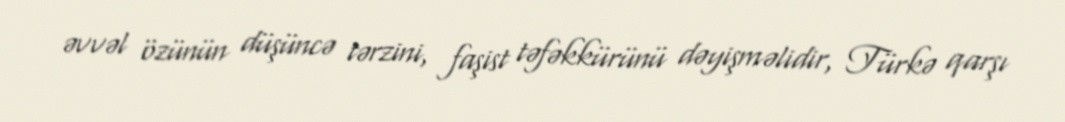
əvvəl özünün düşüncə tərzini, faşist təfəkkürünü dəyişməlidir, Türkə qarşı